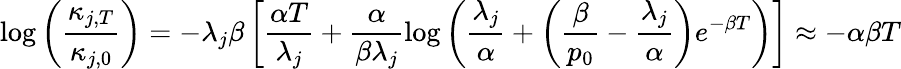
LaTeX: \log\left(\frac{\kappa_{j,T}}{\kappa_{j,0}}\right)=-\lambda_{j}\beta\left[\frac{\alpha T}{\lambda_{j}}+\frac{\alpha}{\beta\lambda_{j}}\log\left(\frac{\lambda_{j}}{\alpha}+\left(\frac{\beta}{p_{0}}-\frac{\lambda_{j}}{\alpha}\right)e^{-\beta T}\right)\right]\approx-\alpha\beta T